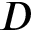
D